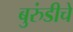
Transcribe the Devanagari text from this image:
बुरुंडीचे